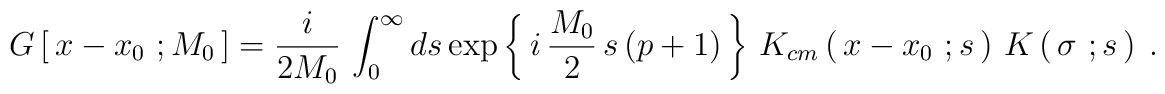
G\left[\, x- x_0\ ; M_0\, \right]=  {i\over 2M_0}\, \int_0^\infty ds	\exp\left\{\, i\, {M_0\over 2}\, s\, (p+1)\, \right\}\,	K_{cm}\left(\,  x-x_0\ ; s\, \right)\, K\left(\, \sigma\ ; s\,\right)\ .